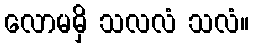
လောမမှိ သလလံ သလံ။